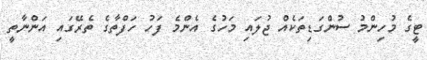
ޓީގެ މުހިންމު ސުންގަޑިތަކެއް ޖުލައި މަހުގެ އެންމެ ފަހު ހަފްތާގެ ތެރޭގައި އަންނާތީ